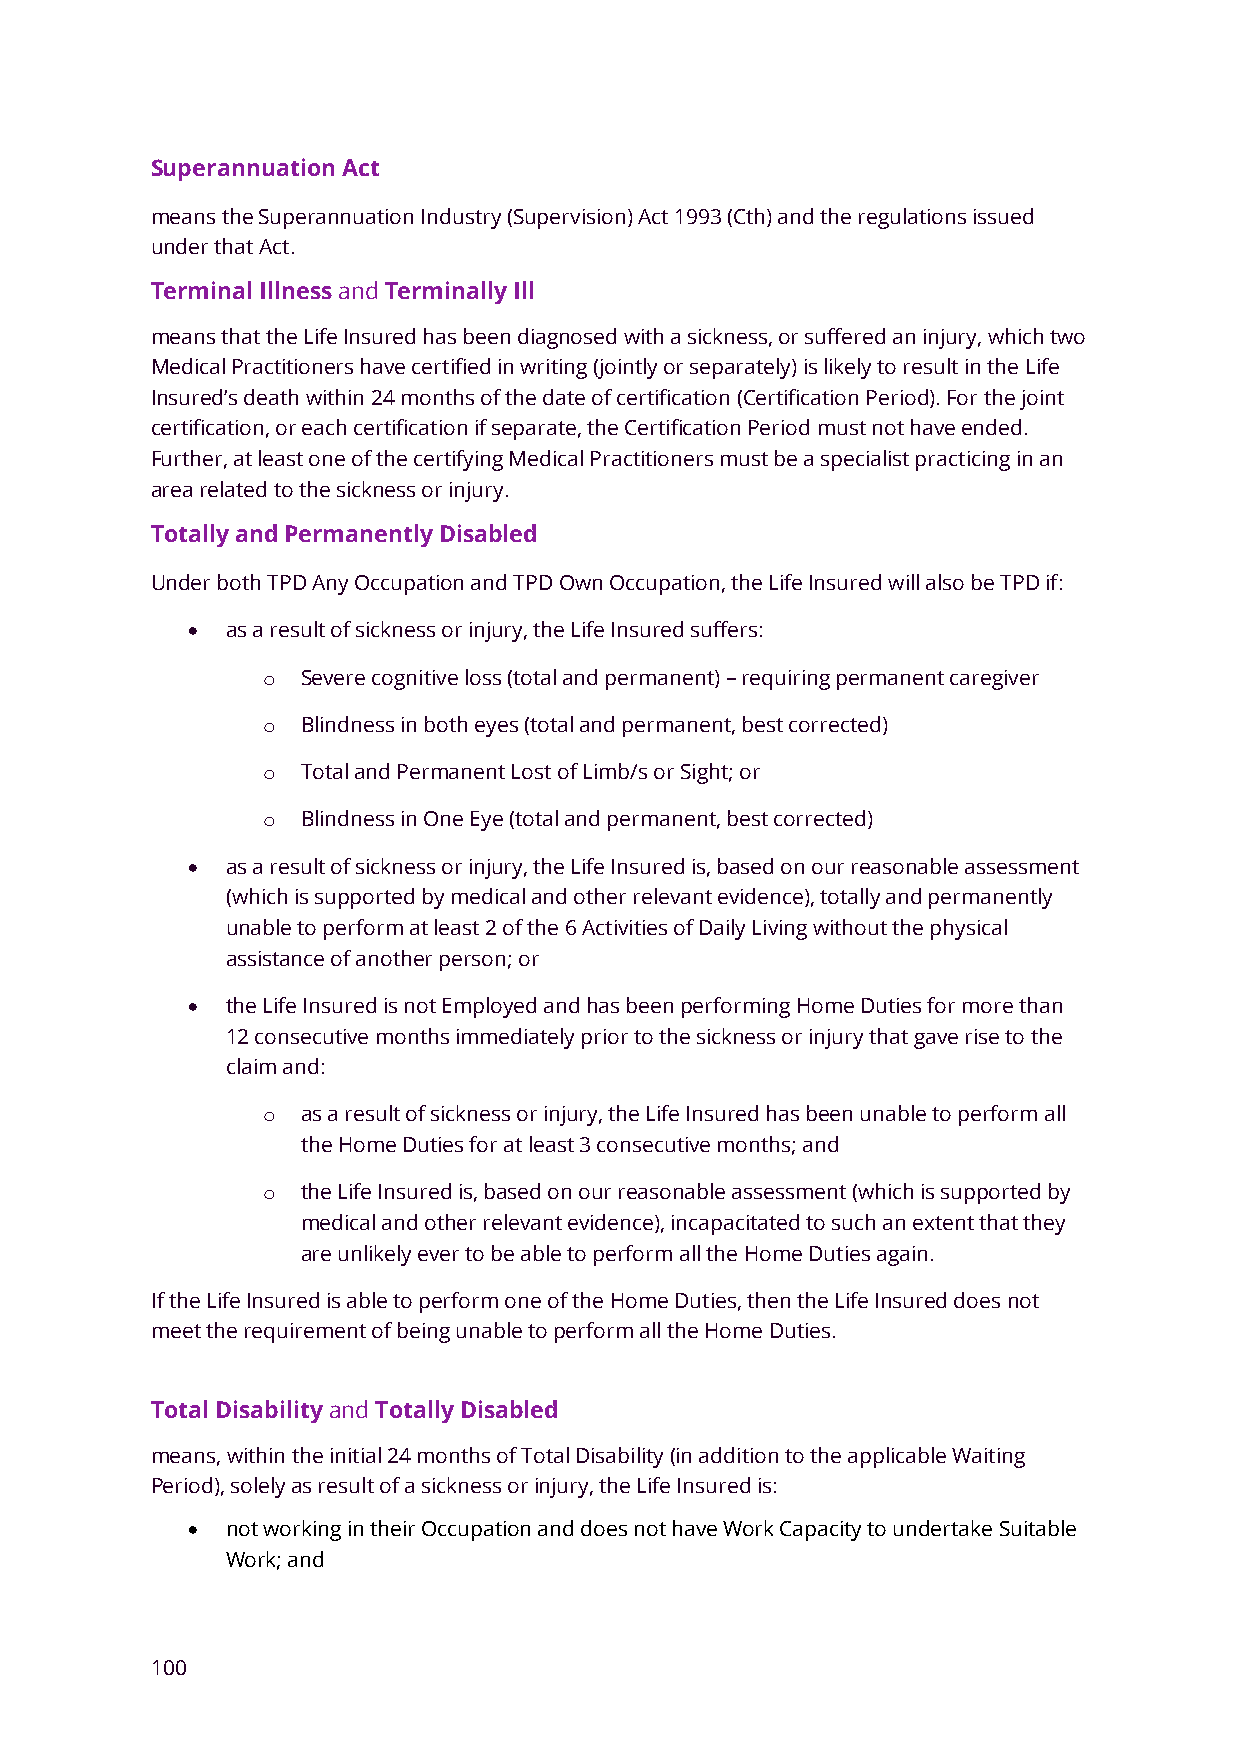
Superannuation Act
 means the Superannuation Industry (Supervision) Act 1993 (Cth) and the regulations issued
 under that Act.
 Terminal Illness and Terminally Ill
 means that the Life Insured has been diagnosed with a sickness, or suffered an injury, which two
 Medical Practitioners have certified in writing (jointly or separately) is likely to result in the Life
 Insured’s death within 24 months of the date of certification (Certification Period). For the joint
 certification, or each certification if separate, the Certification Period must not have ended.
 Further, at least one of the certifying Medical Practitioners must be a specialist practicing in an
 area related to the sickness or injury.
 Totally and Permanently Disabled
 Under both TPD Any Occupation and TPD Own Occupation, the Life Insured will also be TPD if:
 •  as a result of sickness or injury, the Life Insured suffers:
 o  Severe cognitive loss (total and permanent) – requiring permanent caregiver
 o  Blindness in both eyes (total and permanent, best corrected)
 o  Total and Permanent Lost of Limb/s or Sight; or
 o  Blindness in One Eye (total and permanent, best corrected)
 •  as a result of sickness or injury, the Life Insured is, based on our reasonable assessment
 (which is supported by medical and other relevant evidence), totally and permanently
 unable to perform at least 2 of the 6 Activities of Daily Living without the physical
 assistance of another person; or
 •  the Life Insured is not Employed and has been performing Home Duties for more than
 12 consecutive months immediately prior to the sickness or injury that gave rise to the
 claim and:
 o  as a result of sickness or injury, the Life Insured has been unable to perform all
 the Home Duties for at least 3 consecutive months; and
 o  the Life Insured is, based on our reasonable assessment (which is supported by
 medical and other relevant evidence), incapacitated to such an extent that they
 are unlikely ever to be able to perform all the Home Duties again.
 If the Life Insured is able to perform one of the Home Duties, then the Life Insured does not
 meet the requirement of being unable to perform all the Home Duties.
 Total Disability and Totally Disabled
 means, within the initial 24 months of Total Disability (in addition to the applicable Waiting
 Period), solely as result of a sickness or injury, the Life Insured is:
 •  not working in their Occupation and does not have Work Capacity to undertake Suitable
 Work; and
 100